Sanitation, dispensaries and jails vaccination Rajputana 1922-1927 - 1922-1927
Year: 1922
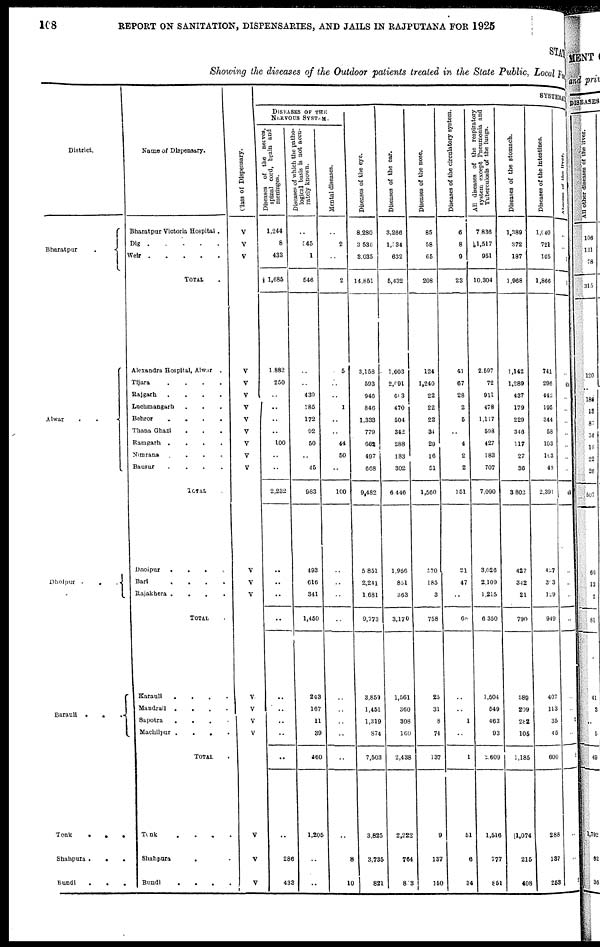
108
REPORT ON SANITATION, DISPENSARIES, AND JAILS IN RAJPUTANA FOR 1925
STAT
Showing the diseases of the Outdoor patients treated in the State Public, Local Fund.
District.
Bharatpur .
Alwar ..
Dholpur
...
Barauli...
Tonk
...
Shahpura
...
Bundi
...
Name of Dispensary.
Bharatpur Victoria Hospital .
Dig
Weir
TOTAL .
Alexandra Hospital, Alwar .
Tijara
.
.
.
.
Rajgarh
.
.
.
.
Luchmangarh...
Behror
.
.
.
.
Thana Ghazi
.
.
.
Ramgarh
.
.
.
.
Nimrana
.
.
.
.
Bausur
....
TOTAL .
Dnoipur
.
.
.
.
.
Bari
.
.
.
.
Rajakhera
.
.
.
.
TOTAL .
Karauli
.
.
.
.
Mandrail
.
.
.
.
Sapotra ....
Machilpur
.
.
.
.
TOTAL .
Tonk
.
.
.
.
Shahpura..
Bundi ....
Class of Dispensary.
V
V
V
V
V
V
V
V
V
V
V
V
V
V
V
V
V
V
V
V
V
V
SYSTEMATIC
DISEASES OF THE
NERVOUS SYSTEM.
Diseases of the nerves,
spinal cord, brain and
meninges.
1,244
8
433
1,685
1,882
250
..
..
..
..
100
..
..
2,232
..
..
..
..
..
..
..
..
..
..
286
433
Diseases of which the patho-
logical basis is not accu-
rately known.
..
545
1
546
..
..
439
185
172
92
50
..
45
983
493
616
341
1,450
243
167
11
39
460
1,205
..
..
Mental diseases.
..
2
..
2
5
..
..
1
..
..
44
50
..
100
..
..
..
..
..
..
..
..
..
..
8
10
Diseases of the eye.
8,280
3,536
3,035
14,851
3,158
593
946
846
1,333
779
662
497
668
9,482
5,851
2,241
1,681
9,773
3,859
1,451
1,319
874
7,503
3,825
3,735
821
Diseases of the ear.
3,266
1,534
632
5,432
1,603
2,091
603
470
504
342
288
183
302
6,446
1,956
851
363
3,170
1,561
360
308
169
2,438
2,222
764
803
Diseases of the nose.
85
58
65
208
124
1,240
22
22
22
34
29
16
51
1,560
570
185
3
758
25
31
8
74
137
9
137
150
Diseases of the circulatory system.
6
8
9
23
41
67
28
2
5
..
4
2
2
151
21
47
..
68
..
..
1
..
1
51
6
34
All diseases of the respiratory
system except Pneumonia and
Tuberculosis of the lungs.
7,836
1,517
951
10,304
2,597
72
911
478
1,117
598
427
183
707
7,090
3,026
2,109
1,215
6,350
1,504
649
463
93
2,609
1,516
777
851
Diseases of the stomach.
1,389
372
187
1,968
1,142
1,289
437
179
229
346
117
27
36
3,802
427
342
21
790
589
209
282
105
1,185
1,074
215
408
Diseases of the intestines.
1,040
721
105
1,866
741
296
442
195
344
58
103
103
49
2,391
427
303
109
949
407
113
35
45
600
288
137
253
Abscess
of
the
liver.
..
..
1
1
..
404
..
..
..
..
..
..
..
404
..
..
..
..
..
..
1
..
1
..
..
..